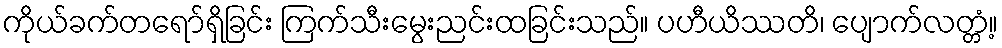
ကိုယ်ခက်တရော်ရှိခြင်း ကြက်သီးမွေးညင်းထခြင်းသည်။ ပဟီယိဿတိ၊ ပျောက်လတ္တံ့။